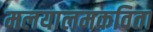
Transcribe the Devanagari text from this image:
मलयालमकविता